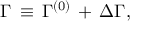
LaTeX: \Gamma \, \equiv \, { \Gamma } ^ { ( 0 ) } \, + \, \Delta \Gamma ,